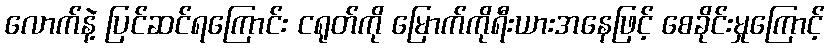
လောက်နဲ့ ပြင်ဆင်ရကြောင်း ငရုတ်ကို မြောက်ကိုရီးယားအနေဖြင့် စေခိုင်းမှုကြောင့်